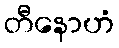
တီနောဟံ